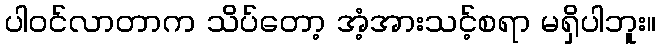
ပါဝင်လာတာက သိပ်တော့ အံ့အားသင့်စရာ မရှိပါဘူး။